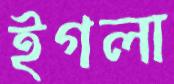
ইগলা